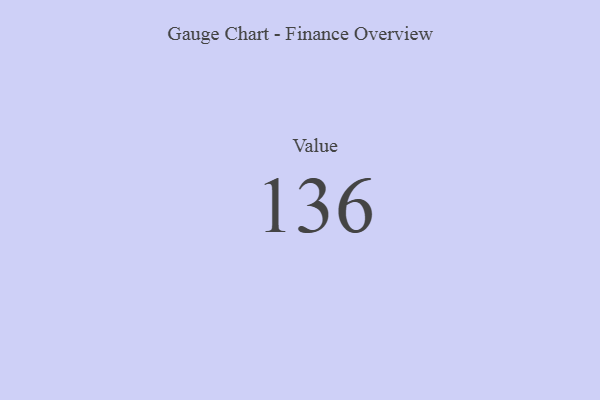
{"axis": {"x": "Metric", "y": "Value"}, "legend": [""], "data": [{"x": "Value", "y": 136, "type": ""}]}